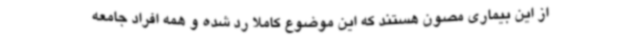
از این بیماری مصون هستند که این موضوع کاملا رد شده و همه افراد جامعه